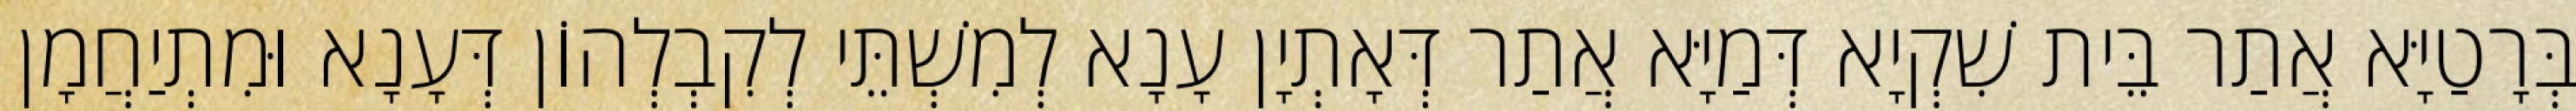
בְּרָטַיָּא אֲתַר בֵּית שִׁקְיָא דְּמַיָּא אֲתַר דְּאָתְיָן עָנָא לְמִשְׁתֵּי לְקִבְלְהוֹן דְּעָנָא וּמִתְיַחֲמָן